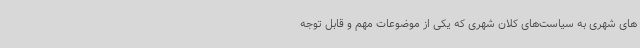
های شهری به سیاست‌های کلان شهری که یکی از موضوعات مهم و قابل توجه